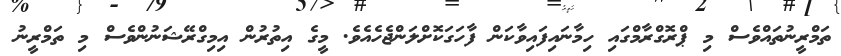
ތަމްރީނުތައްވެސް މި ޕްރޮގްރާމްގައި ހިމާނައިފައިވާކަން ފާހަގަކޮށްލަންޖެހެއެވެ. މީގެ އިތުރުން އިމިގްރޭޝަނުންވެސް މި ތަމްރީނު